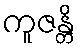
ကူဇန္တိ